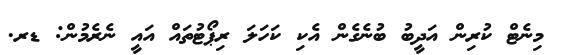
މިނެޓް ކުރިން އަދީބު ބުނެގެން އެކި ކަހަލަ ރިޕޯޓުތައް އައީ ނެރެމުން: ޑރ.